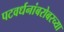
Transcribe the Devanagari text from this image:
पटवर्धनांबरोबरच्या